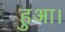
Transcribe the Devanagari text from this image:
हुअा।